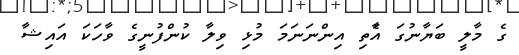
ގެ މާލީ ބަޔާނުގަ އާެތި އިންނަނަމަ މުޅި ވިލާ ކުންފުނީގެ ވާހަކަ އައިޝާ